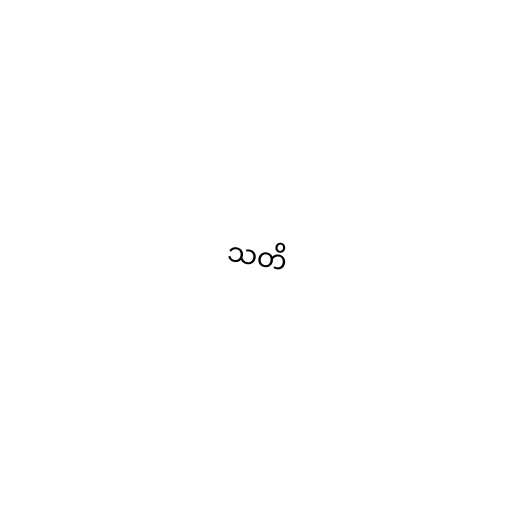
သတိ